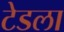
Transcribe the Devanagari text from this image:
टेडला